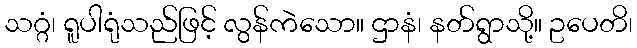
သဂ္ဂံ၊ ရူပါရုံသည်ဖြင့် လွန်ကဲသော။ ဌာနံ၊ နတ်ရွာသို့။ ဥပေတိ၊